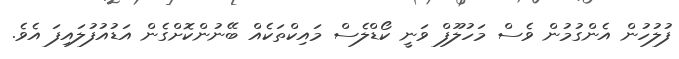
ފުލުހުން އެންގުމުން ވެސް މަހުލޫފް ވަނީ ކޯޑްލެސް މައިކްތަކެއް ބޭނުންކޮށްގެން އަޑުއުފުލައިފަ އެވެ.